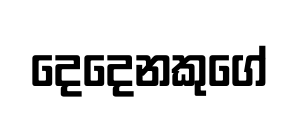
දෙදෙනකුගේ